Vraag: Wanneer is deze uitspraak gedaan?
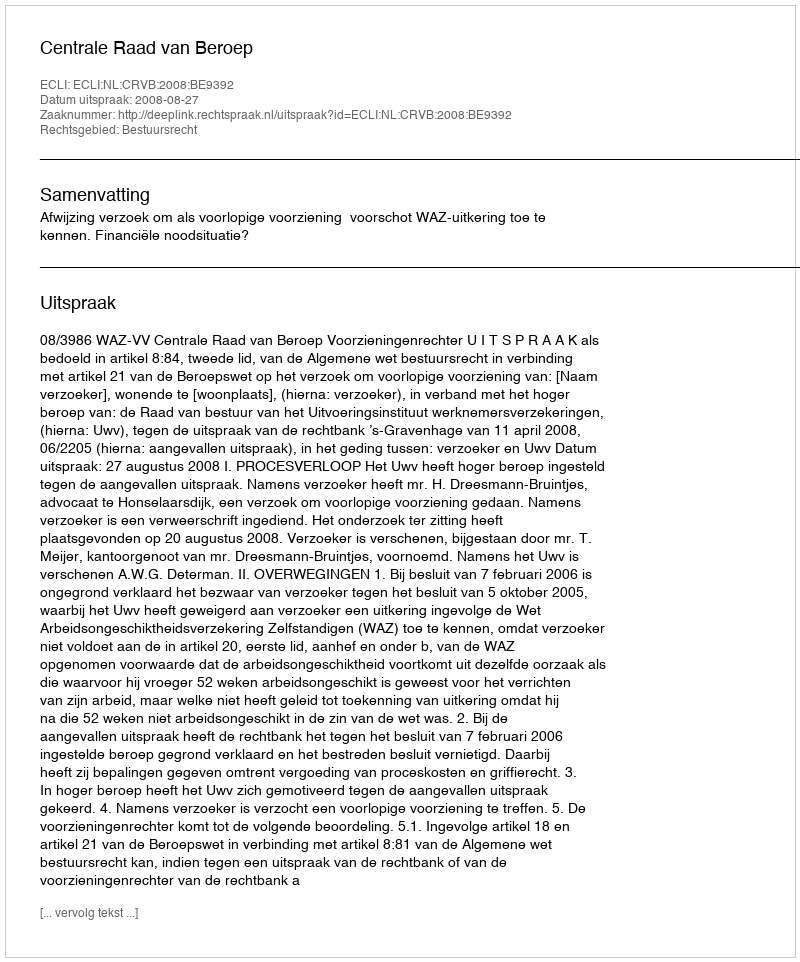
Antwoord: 2008-08-27